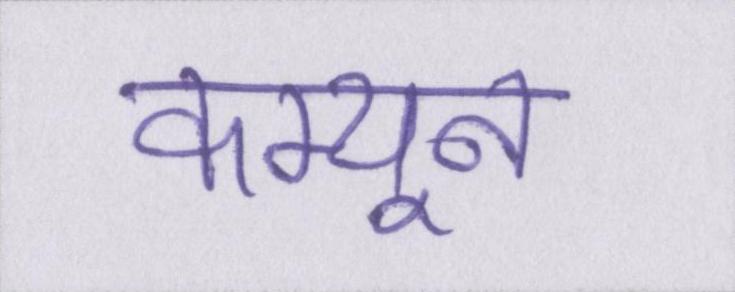
कम्यून